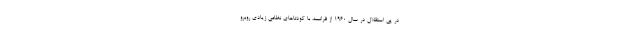
در پی استقلال در سال ۱۹۶۰ از فرانسه، با کودتاهای نظامی زیادی روبرو